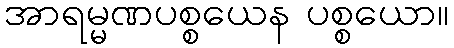
အာရမ္မဏပစ္စယေန ပစ္စယော။